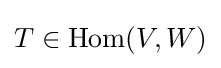
T\in \mathrm {Hom} (V,W)